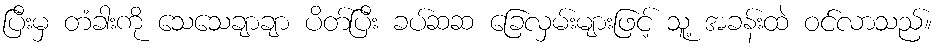
ပြီးမှ တံခါးကို သေသေချာချာ ပိတ်ပြီး ခပ်ဆဆ ခြေလှမ်းများဖြင့် သူ့ အခန်းထဲ ဝင်လာသည်။